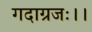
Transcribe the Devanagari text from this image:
गदाग्रजः।।